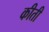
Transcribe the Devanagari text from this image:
कीती